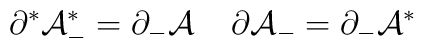
\partial^* {\cal A}^*_- = \partial_- {\cal A} \;\;\;\;  \partial{\cal A}_- = \partial_-{\cal A}^*